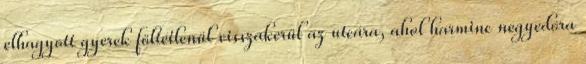
elhagyott gyerek föltétlenül visszakerül az utcára, ahol harminc negyedóra